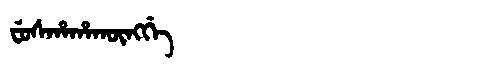
Manchu: ᠸᡠᠰᡥᠠᡥᠠᡴᡡᠩᡤᡝ
Romanization: FUSHAHAKŪNGGE